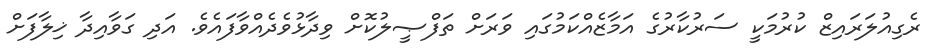
ރެގިއުލަރައިޒް ކުރުމަކީ ސަރުކާރުގެ އަމާޒެއްކަމުގައި ވަރަށް ތަފްޞީލުކޮށް ވިދާޅުވެދެއްވާފައެވެ. އަދި ގަވާއިދާ ޚިލާފަށް